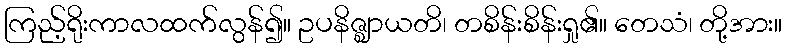
ကြည့်ရိုးကာလထက်လွန်၍။ ဥပနိဇ္ဈာယတိ၊ တစိန်းစိန်းရှု၏။ တေသံ၊ တို့အား။